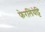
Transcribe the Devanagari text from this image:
फेरलिंघेट्टि